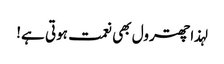
لہذا چھترول بھی نعمت ہوتی ہے!